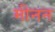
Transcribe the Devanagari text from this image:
मीनन